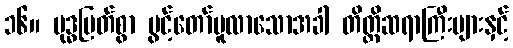
၁၆။ ဗုဒ္ဓမြတ်စွာ ပွင့်တော်မူလာသောအခါ တိတ္ထိဆရာကြီးများနှင့်